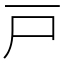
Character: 戸